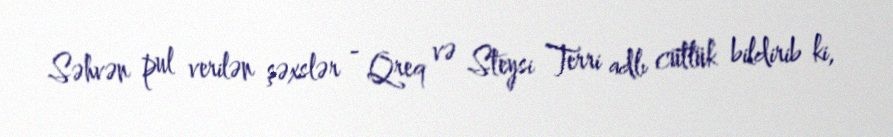
Səhvən pul verilən şəxslər - Qreq və Steysi Terri adlı cütlük bildirib ki,